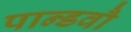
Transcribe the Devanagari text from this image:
पान्डवौ